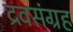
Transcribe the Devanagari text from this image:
द्रवसंग्रह